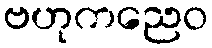
ဗဟုကညေဝ